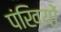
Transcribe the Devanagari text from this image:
पंखियों